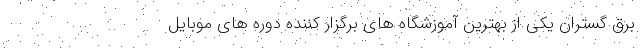
برق گستران یکی از بهترین آموزشگاه های برگزار کننده دوره های موبایل